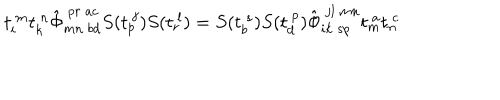
t _ { i } ^ { ~ m } t _ { k } ^ { ~ n } \hat { \Phi } _ { m n ~ b d } ^ { ~ p r ~ a c } S ( t _ { p } ^ { ~ j } ) S ( t _ { r } ^ { ~ l } ) = S ( t _ { b } ^ { ~ s } ) S ( t _ { d } ^ { ~ p } ) \hat { \Phi } _ { i k ~ s p } ^ { ~ j l ~ m n } t _ { m } ^ { ~ a } t _ { n } ^ { ~ c }